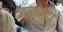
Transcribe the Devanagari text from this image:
जनपदा